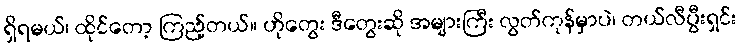
ရှိရမယ်၊ ထိုင်တော့ ကြည့်တယ်။ ဟိုတွေး ဒီတွေးဆို အများကြီး လွတ်ကုန်မှာပဲ၊ တယ်လီပွီးရှင်း